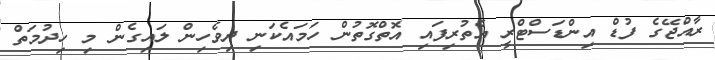
ރާއްޖޭގެ ފުޑް އިންޑަސްޓްރީ އެތުރިފައި އޮތްގޮތުން ހަމައެކަނި ދިވެހިން ލައިގެން މި ހިދުމަތް